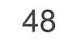
48